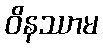
ဝိနဿာမ